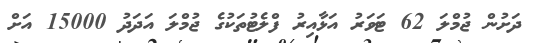
ދަށުން ޖުމްލަ 62 ޓަވަރު އަޅާއިރު ފްލެޓުތަކުގެ ޖުމްލަ އަދަދު 15000 އަށް